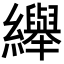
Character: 𦇙